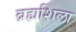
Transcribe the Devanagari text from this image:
ब्रह्मशिला